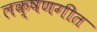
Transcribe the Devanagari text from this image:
लक्षणगीत